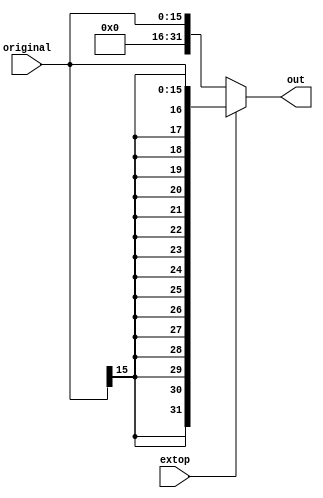
`timescale 1ns / 1ps
//////////////////////////////////////////////////////////////////////////////////
// Company: 
// Engineer: 
// 
// Design Name: 
// Module Name: extsign
// Project Name: 
// Target Devices: 
// Tool Versions: 
// Description: 
// 
// Dependencies: 
// 
// Revision:
// Revision 0.01 - File Created
// Additional Comments:
// 
//////////////////////////////////////////////////////////////////////////////////

module extsign(
    input extop,
    input [15:0] original,
    output reg [31:0] out
);
    always @(*) begin
        if (extop)
            out = { {16{original[15]}}, original };
        else
            out = { 16'h0000, original };
    end
endmodule